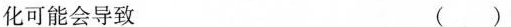
化可能会导致 ( )